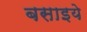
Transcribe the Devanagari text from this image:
बसाइये